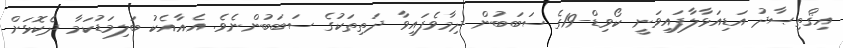
އިޤްތިޞާދު އަޑިއަޅާލާފައިވަނީ ކޯވިޑް-19ގެ ސަބަބުން ދިމާވެފައިވާ ދަތިތަކުގެ ސަބަބުންނެވެ. އެއާއެކު ބަލިމަޑުކަމާ ދެކޮޅަށް